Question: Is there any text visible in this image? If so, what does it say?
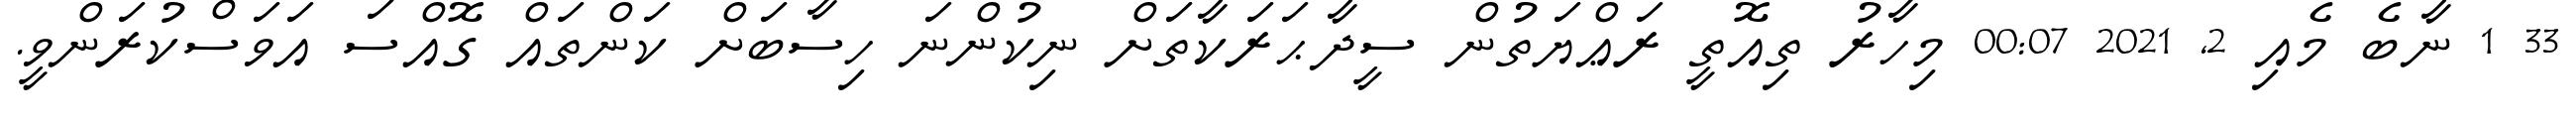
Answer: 33 1 ނާބެ މެއި 2, 2021 00:07 މިހާރު ތިއޮތީ ރަޢްޔަތުން ސީދާޙަރަކާތަށް ނިކުންނަ ހިސާބަށް ކަންތައް ގޮއްސަ އަވަސްކުރަންވީ.